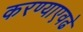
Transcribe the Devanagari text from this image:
करण्याएवढे